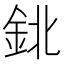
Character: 鉳